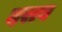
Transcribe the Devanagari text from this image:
दराब